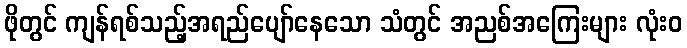
ဖိုတွင် ကျန်ရစ်သည့်အရည်ပျော်နေသော သံတွင် အညစ်အကြေးများ လုံးဝ